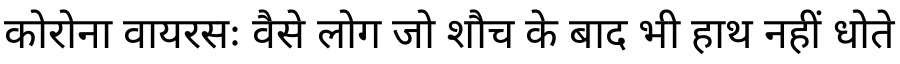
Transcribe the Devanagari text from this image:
कोरोना वायरसः वैसे लोग जो शौच के बाद भी हाथ नहीं धोते